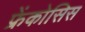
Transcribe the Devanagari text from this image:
फ्रेंकोसिस